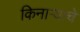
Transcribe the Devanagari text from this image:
किनाऱ्याचे